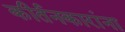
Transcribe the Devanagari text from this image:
कीर्तनकारांना